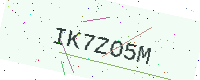
Text: IK7ZO5M